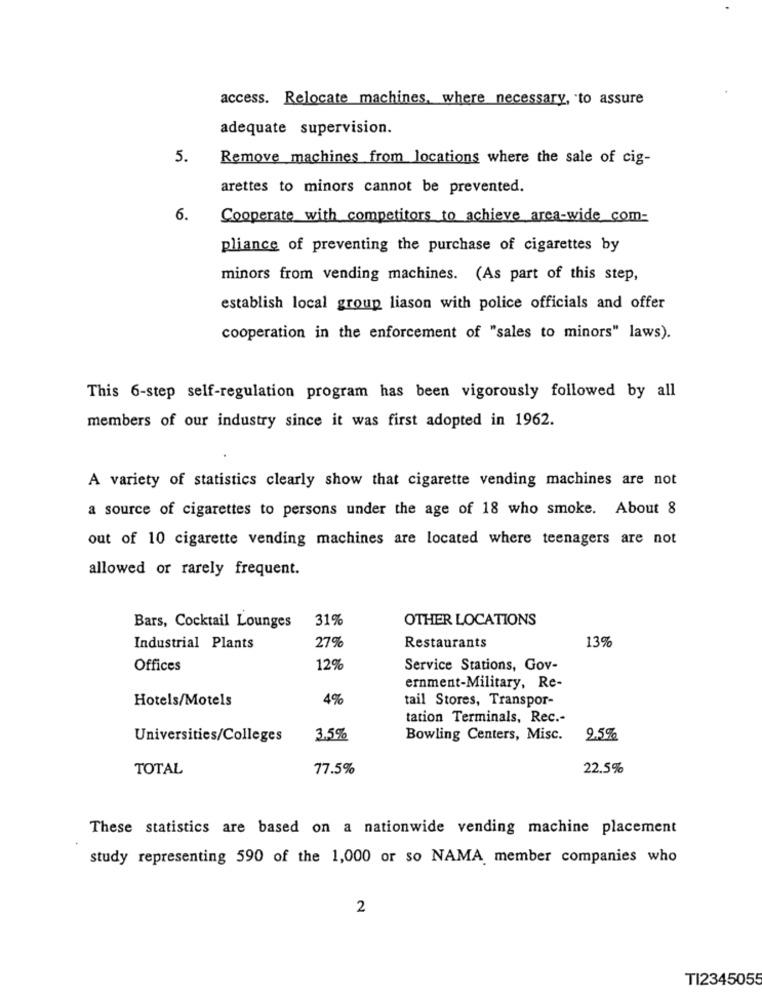
access. Relocate machines, where necessary, to assure
adequate supervision.
5.
Remove machines from locations where the sale of cig-
arettes to minors cannot be prevented.
6.
Cooperate with competitors to achieve area-wide com-
pliance of preventing the purchase of cigarettes by
minors from vending machines. (As part of this step,
establish local group liason with police officials and offer
cooperation in the enforcement of "sales to minors" laws).
This 6-step self-regulation program has been vigorously followed by all
members of our industry since it was first adopted in 1962.
A variety of statistics clearly show that cigarette vending machines are not
a source of cigarettes to persons under the age of 18 who smoke. About 8
out of 10 cigarette vending machines are located where teenagers are not
allowed or rarely frequent.
31%
OTHER LOCATIONS
Bars, Cocktail Lounges
13%
Industrial Plants
27%
Restaurants
Offices
12%
Service Stations, Gov-
ernment-Military, Re-
Hotels/Motels
4%
tail Stores, Transpor-
tation Terminals, Rec .-
Universities/Colleges
3.5%
Bowling Centers, Misc.
9.5%
TOTAL
77.5%
22.5%
These statistics are based on a nationwide vending machine placement
study representing 590 of the 1,000 or so NAMA member companies who
2
TI2345055